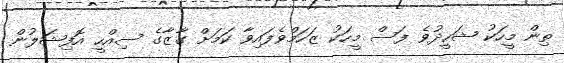
ތިން މީހަކު ޝަހީދުވެ ފަސް މީހަކު ޒަހަމްވެފައިވާ ކަމަށް ގާޒާގެ ސިއްހީ އޮފިޝަލުން